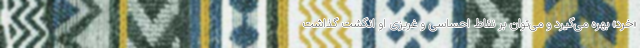
«خِرَد» بهره می‌گیرد و می‌توان بر نقاط احساسی و غریزی او انگشت گذاشت